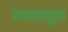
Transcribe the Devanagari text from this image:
लयलातुल